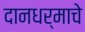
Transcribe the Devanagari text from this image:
दानधर्माचे